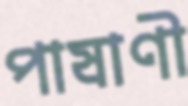
পাষাণী